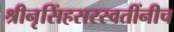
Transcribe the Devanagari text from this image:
श्रीनृसिंहसरस्वतींनीच